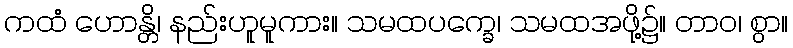
ကထံ ဟောန္တိ၊ နည်းဟူမူကား။ သမထပက္ခေ၊ သမထအဖို့၌။ တာဝ၊ စွာ။